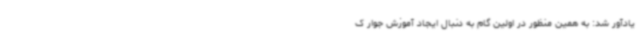
یادآور شد: به همین منظور در اولین گام به دنبال ایجاد آموزش جوار ک